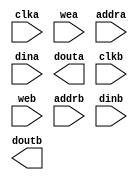
module gbe_cpu_buffer(
	clka,
	wea,
	addra,
	dina,
	douta,
	clkb,
	web,
	addrb,
	dinb,
	doutb);


input clka;
input [3 : 0] wea;
input [9 : 0] addra;
input [31 : 0] dina;
output [31 : 0] douta;
input clkb;
input [0 : 0] web;
input [11 : 0] addrb;
input [7 : 0] dinb;
output [7 : 0] doutb;

// synthesis translate_off

      BLK_MEM_GEN_V4_3 #(
		.C_ADDRA_WIDTH(10),
		.C_ADDRB_WIDTH(12),
		.C_ALGORITHM(1),
		.C_BYTE_SIZE(8),
		.C_COMMON_CLK(0),
		.C_DEFAULT_DATA("0"),
		.C_DISABLE_WARN_BHV_COLL(0),
		.C_DISABLE_WARN_BHV_RANGE(0),
		.C_FAMILY("virtex6"),
		.C_HAS_ENA(0),
		.C_HAS_ENB(0),
		.C_HAS_INJECTERR(0),
		.C_HAS_MEM_OUTPUT_REGS_A(0),
		.C_HAS_MEM_OUTPUT_REGS_B(0),
		.C_HAS_MUX_OUTPUT_REGS_A(0),
		.C_HAS_MUX_OUTPUT_REGS_B(0),
		.C_HAS_REGCEA(0),
		.C_HAS_REGCEB(0),
		.C_HAS_RSTA(0),
		.C_HAS_RSTB(0),
		.C_HAS_SOFTECC_INPUT_REGS_A(0),
		.C_HAS_SOFTECC_OUTPUT_REGS_B(0),
		.C_INITA_VAL("0"),
		.C_INITB_VAL("0"),
		.C_INIT_FILE_NAME("no_coe_file_loaded"),
		.C_LOAD_INIT_FILE(0),
		.C_MEM_TYPE(2),
		.C_MUX_PIPELINE_STAGES(0),
		.C_PRIM_TYPE(1),
		.C_READ_DEPTH_A(1024),
		.C_READ_DEPTH_B(4096),
		.C_READ_WIDTH_A(32),
		.C_READ_WIDTH_B(8),
		.C_RSTRAM_A(0),
		.C_RSTRAM_B(0),
		.C_RST_PRIORITY_A("CE"),
		.C_RST_PRIORITY_B("CE"),
		.C_RST_TYPE("SYNC"),
		.C_SIM_COLLISION_CHECK("ALL"),
		.C_USE_BYTE_WEA(1),
		.C_USE_BYTE_WEB(1),
		.C_USE_DEFAULT_DATA(0),
		.C_USE_ECC(0),
		.C_USE_SOFTECC(0),
		.C_WEA_WIDTH(4),
		.C_WEB_WIDTH(1),
		.C_WRITE_DEPTH_A(1024),
		.C_WRITE_DEPTH_B(4096),
		.C_WRITE_MODE_A("WRITE_FIRST"),
		.C_WRITE_MODE_B("WRITE_FIRST"),
		.C_WRITE_WIDTH_A(32),
		.C_WRITE_WIDTH_B(8),
		.C_XDEVICEFAMILY("virtex6"))
	inst (
		.CLKA(clka),
		.WEA(wea),
		.ADDRA(addra),
		.DINA(dina),
		.DOUTA(douta),
		.CLKB(clkb),
		.WEB(web),
		.ADDRB(addrb),
		.DINB(dinb),
		.DOUTB(doutb),
		.RSTA(),
		.ENA(),
		.REGCEA(),
		.RSTB(),
		.ENB(),
		.REGCEB(),
		.INJECTSBITERR(),
		.INJECTDBITERR(),
		.SBITERR(),
		.DBITERR(),
		.RDADDRECC());


// synthesis translate_on

endmodule